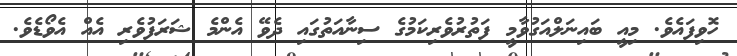
ހޮވިފައެވެ. މިއީ ބައިނަލްއަގުވާމީ ފަތުރުވެރިކަމުގެ ސިނާއަތުގައި ދެވޭ އެންމެ ޝަރަފުވެރި އެއް އެވޯޑެވެ.